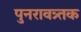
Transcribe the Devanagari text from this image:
पुनरावत्र्तक